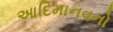
આદિમાનવનો